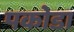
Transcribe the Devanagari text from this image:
पकोडा